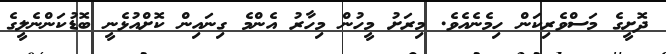
ދޮށީގެ މަސްވެރިކަން ހިމެނެއެވެ. މިރަށު މީހުން މިހާރު އެންމެ ގިނައިން ކޮށްއުޅެނީ ބޮޑުކަންނެލީގެ